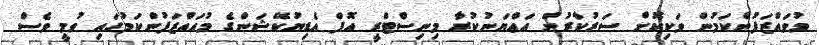
މުވައްޒަފުންކަމުން ވަކިކޮށް ސަރުކާރުން އަޢްޔަނުކުރާ މިނިސްޓްރީ އޮފް އެޑިޔުކޭޝަންގެ މުއައްޒަފުންކަމުގައި ވުމީ ވެސް